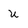
Character: u